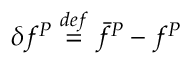
\delta f ^ { P } \overset { d e f } { = } \bar { f } ^ { P } - f ^ { P }